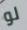
لو